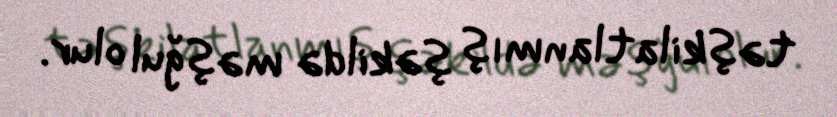
təşkilatlanmış şəkildə məşğul olur.